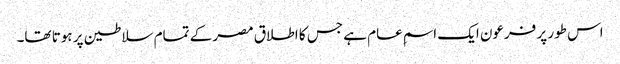
اس طور پر فرعون ایک اسمِ عام ہے جس کا اطلاق مصر کے تمام سلاطین پر ہوتا تھا۔